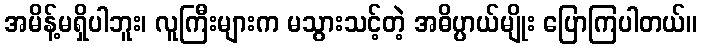
အမိန့်မရှိပါဘူး၊ လူကြီးများက မသွားသင့်တဲ့ အဓိပ္ပာယ်မျိုး ပြောကြပါတယ်။